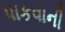
પાકવાની